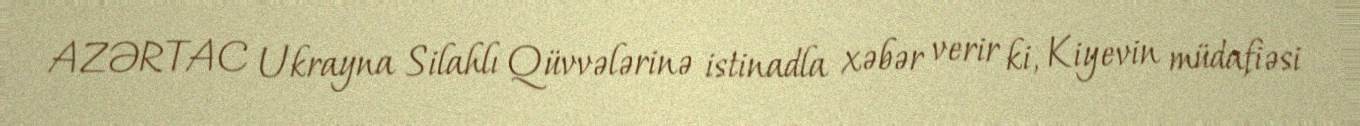
AZƏRTAC Ukrayna Silahlı Qüvvələrinə istinadla xəbər verir ki, Kiyevin müdafiəsi